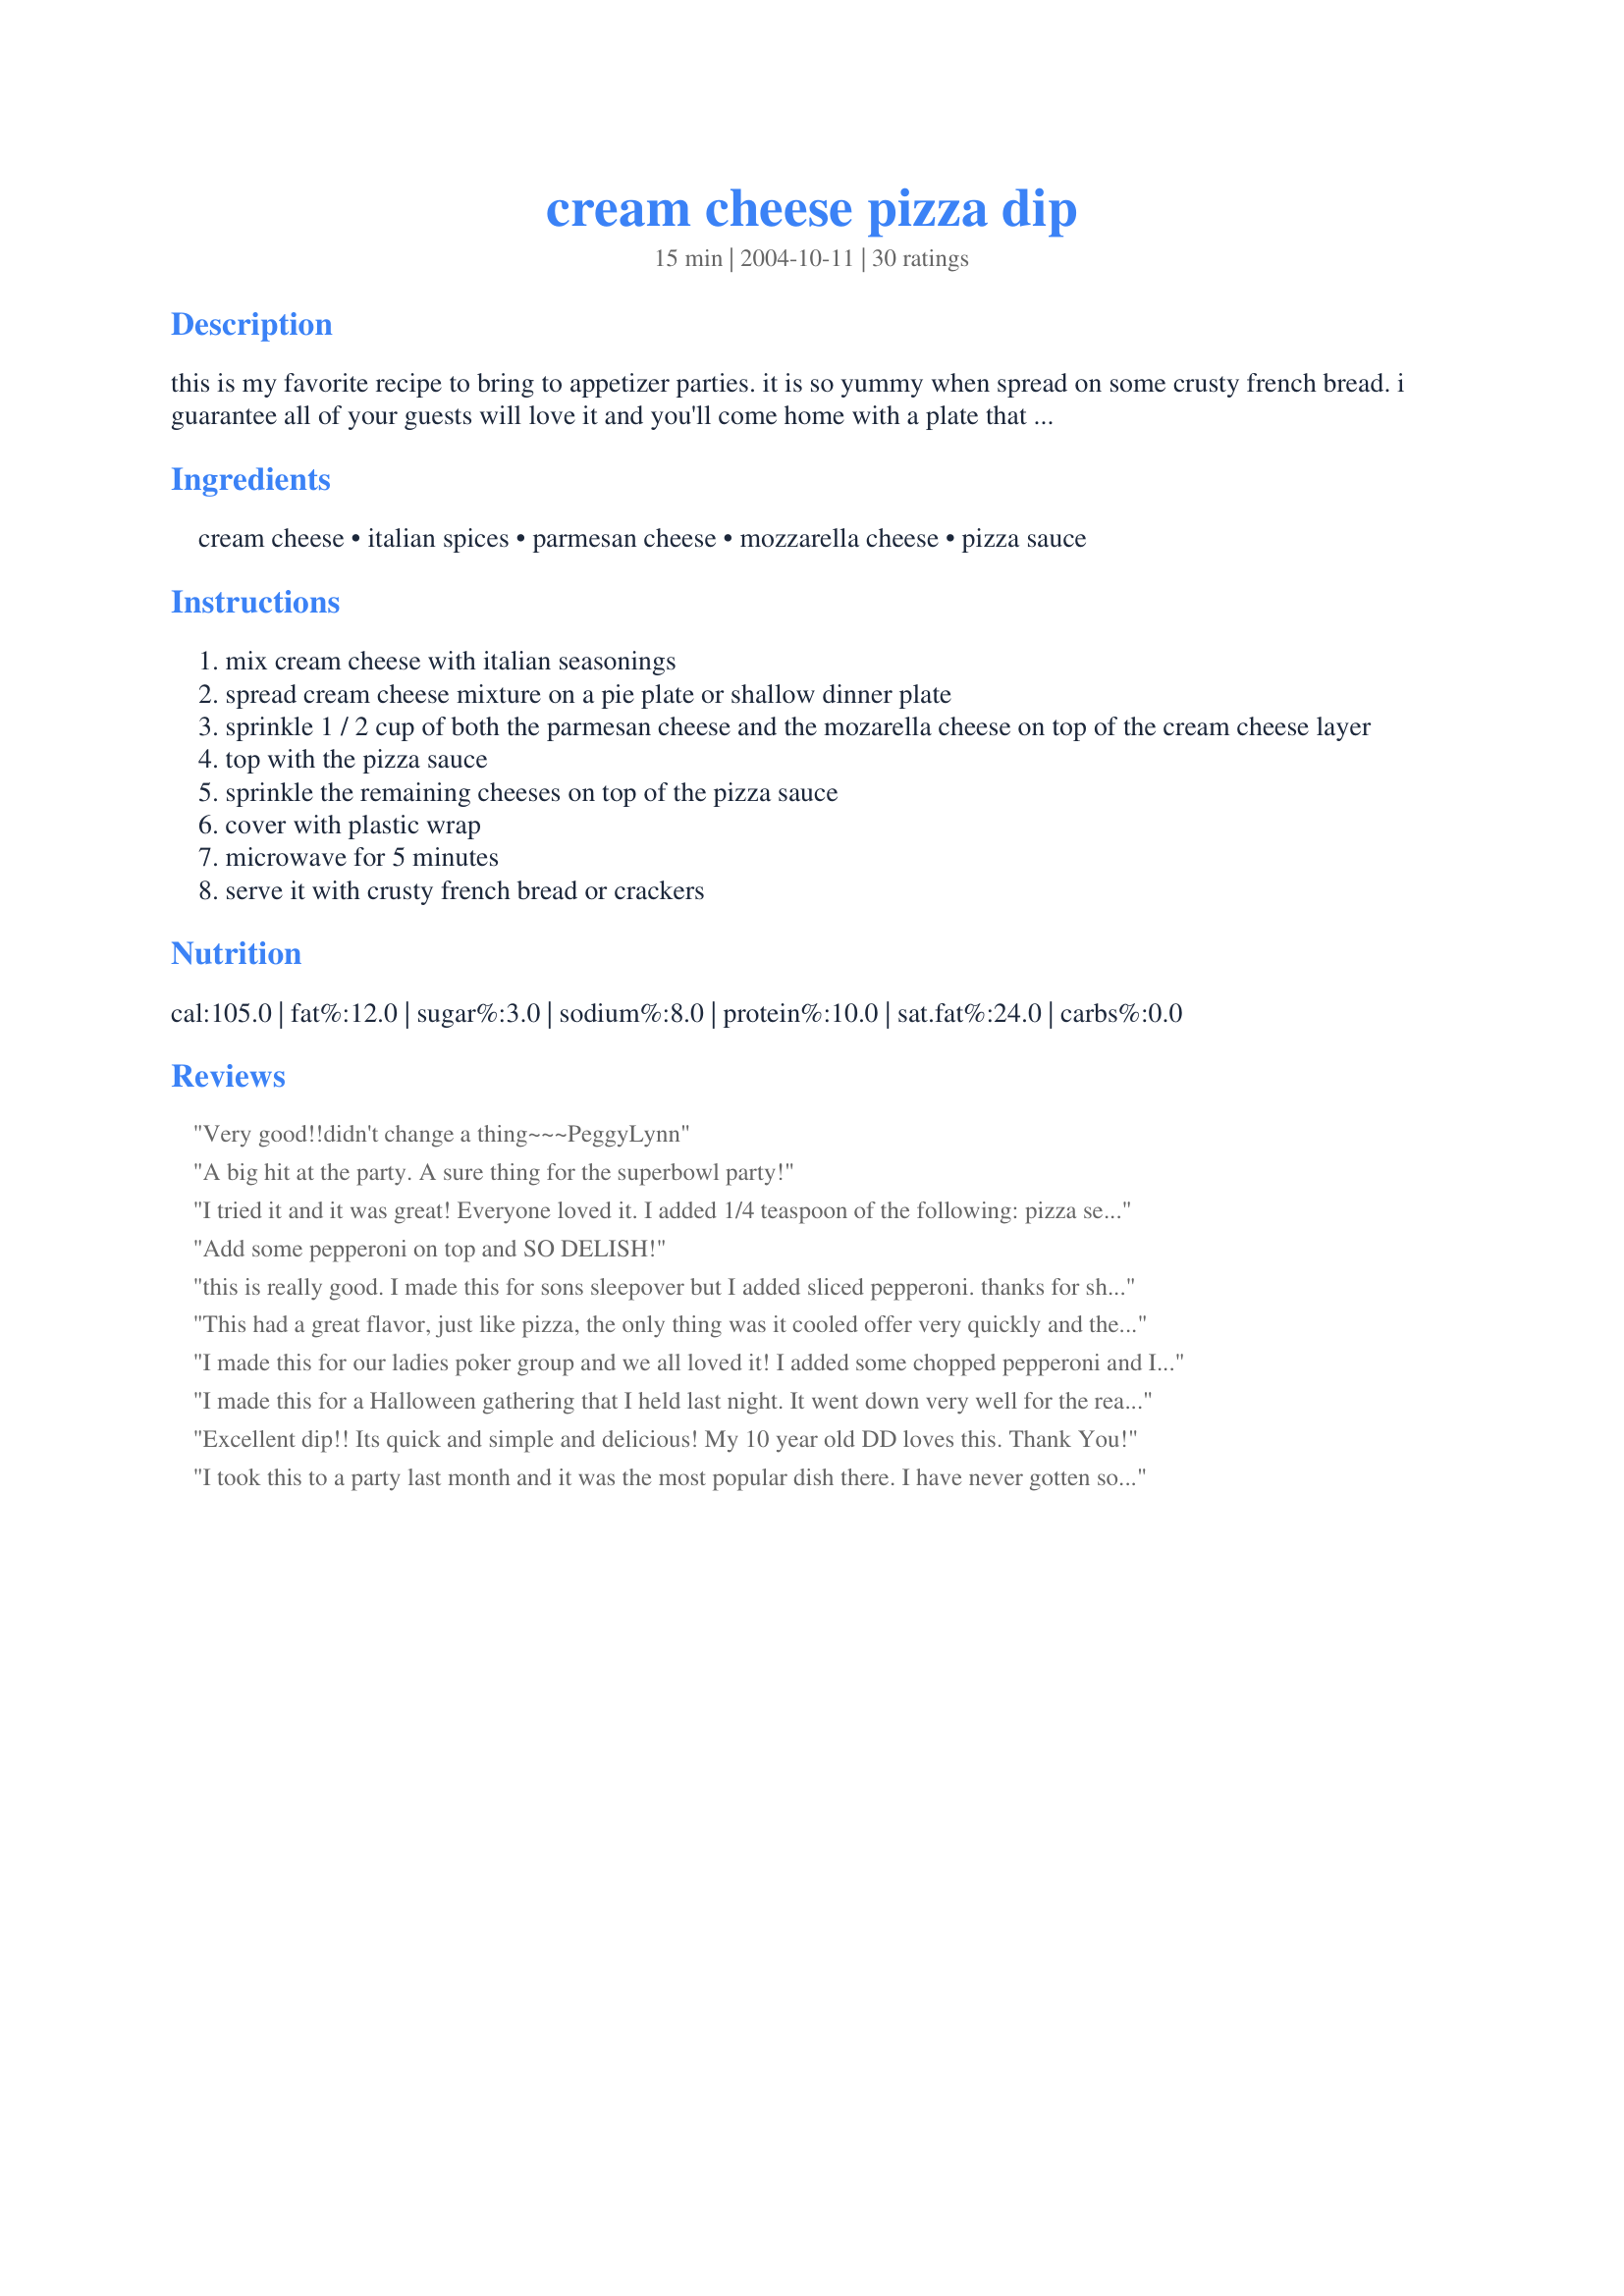
cream cheese pizza dip
Preparation time: 15 minutes

this is my favorite recipe to bring to appetizer parties. it is so yummy when spread on some crusty french bread. i guarantee all of your guests will love it and you'll come home with a plate that was scraped clean!

Ingredients:
cream cheese, italian spices, parmesan cheese, mozzarella cheese, pizza sauce

Steps:
mix cream cheese with italian seasonings
spread cream cheese mixture on a pie plate or shallow dinner plate
sprinkle 1 / 2 cup of both the parmesan cheese and the mozarella cheese on top of the cream cheese layer
top with the pizza sauce
sprinkle the remaining cheeses on top of the pizza sauce
cover with plastic wrap
microwave for 5 minutes
serve it with crusty french bread or crackers

Reviews:
Very good!!didn't change a thing~~~PeggyLynn
A big hit at the party. A sure thing for the superbowl party!
I tried it and it was great! Everyone loved it. I added 1/4 teaspoon of the following: pizza seasoning, italian seasoning and garlic powder. It was soooo good!! I will be making this again and again. Thanks for sharing!
Add some pepperoni on top and SO DELISH!
this is really good. I made this for sons sleepover but I added sliced pepperoni. thanks for sharing.
This had a great flavor, just like pizza, the only thing was it cooled offer very quickly and the cheese on top didn't stay "stringy".
I made this for our ladies poker group and we all loved it! I added some chopped pepperoni and I think I will bake it next time as the edges got hard from microwaving. Thanks!
I made this for a Halloween gathering that I held last night. It went down very well for the really little effort that went into preparing it. As others suggested, I added 1/4 teaspoon of garlic powder and that worked very well. I served it with Ritz crackers and home made garlic bread. Made for I Recommend Tag.
Excellent dip!! Its quick and simple and delicious! My 10 year old DD loves this. Thank You!
I took this to a party last month and it was the most popular dish there. I have never gotten so many compliments, lol. This was delicious and so easy to make. I didn't have pizza sauce so I substituted some jar spaghetti sauce and added some extra oregano. It was still quite yummy.
Yum yum! I doubled this recipe for a party and everyone gobbled it up. While it was very good, I think I might play with the spice mixture in the cream cheese next time instead of just using italian seasoning. Some chopped up pepperoni would be good too!
This was really good. I doubled the recipe and took it to a party. It was quick and easy to make.
I whipped this up for an impromptu gathering to watch Big Brother... it was easy to put together with things I had on hand. I've made a similar baked dip before, but since I had a lot of parmesan on hand, I decided to try this recipe, and it was great. I added in a layer of chopped pepperoni and I served it with corn tortilla chips. Very good, quick and easy-- thanks for sharing!
I wish I could add more stars!!! A definate hit. I added some minced garlic and served with premade breadsticks. This is the perfect party dip since it can EASILY be prepared ahead of time and refirgerated until ready to serve. EVERYONE wanted to know how to make it...THANKS!!!
perfect. I made this because my DD said she wanted "pizza". I had all the ingredients for this so made it instead. yummy. I added minced olives on top. Served with crackers.
Thanks for sharing Chef Doozer.
My family GOBBLED up this dip!! I was amazed at how simple it was and how much it tasted like pizza! I didn't have pizza sauce, but I had a thick spaghetti sauce that worked just fine. This is a great appetizer for an informal gathering that begs for comfort food.
Very tasty, very easy! I brought this to a work function and everyone enjoyed it. I prepared it at home and cooked it in the microwave at work. I used shredded mozzarella, sprinkled some pizza seasoning and garlic poweder on in addition to the Italian spices. I also added some chopped pepperoni slivers on top of the pizza sauce, under the last layer of cheese. I bought a 24 inch loaf of baguette, sliced it into small rounds (crostini-style) and served it on the side. Thanks for posting!
Yum! What an easy appetizer to make, and it doesn't taste like it only has 5 ingredients. I will bring this to my next party!
I made it exactly as directed and you were right, it was a big hit at the party I took it to. Everyone kept commenting on how it really did take like pizza. I'll definitely be making it again. Thanks for sharing!
Great, great, great! I need a quick, inexpensive appy to bring to a last minute birthday dinner and this fit the bill. I used 2 pkgs of cream cheese, 1.5 cups italian cheese blend and a jar of pizza sauce. I threw in some Penzey spices, heated through in the oven and served with toasted bread and fresh bread wedges. I couldn't believe how many great comments I received about this uber-easy dip! I will definitely be making this again and again. PS- one of my friends says she serves this cold and subs chili sauce for the pizza sauce. Thanks Chef Doozer!!!
This is a hit at any party, very tasty!
I took this to our company potluck and the plate was wiped clean! It tasted much more "difficult" than the recipe was. A great little starter!
Family and friends ate this gone before anything else on the buffet! Simple and easy to make, didn't do any changes to it.
This was so YUMMY! I made this last night for my hubby and I, since we had a big lunch. I only used a half cup of grated parm, as I thought it may be too salty. I served mine in a pyrex dist and placed the glass lid on top in the microwave, since I did not have plastic wrap. I ate mine w/frozen garlic breadsticks, and hubby had it w/crackers. I will be making this again!
Ok, I must admit, I was kinda skeptical with this one, but decided to give it a try. I didn't have mozzarella, so I used mexican blend. It was so good. I served it with Warm Pita Chips and everyone loved it. I had some left over italian dressing powder so that is what I used in the cream cheese, and I am glad that I did. It was just the right amount of tangy and yummy. Thanks for sharing!!
I got this recipe from you a while bag and this is one of those dips I get asked to bring again and again. I've added pepperoni to this and it's great. Thanks for sharing!
This is so delicious! I cant believe how easy it is and the taste is great! I served with toasted bakery bread, YUMMM!
this was so, so, SO very tasty! this was the first time that i failed to read the reviews before making the recipe, so i do wish i would have added some garlic .. but there will INDEFINITELY be a next time, for that. i'm already scheming over dippers... pineapple chunks rolled in ham, cut-up pepperoni sticks, red and green peppers, cubed garlic texas toast, stuffed olives.... the possibilities are exciting! thank you!
i loooved thi recipe, so yummy and easy! i didn't have italian seasonings so i used pepper and oregano, and

also i didn't layer it the same, for me it was: cream cheese - spices - mozarella cheese - pizza sauce - parmesan cheese

AWESOME recipe
This was very yummy. I think next time I will use a shallower dish, like a pie plate (as suggested). I served this with refrigerated bread sticks cut into 2 inch pieces sprinkled with parmesan cheese before baking.
